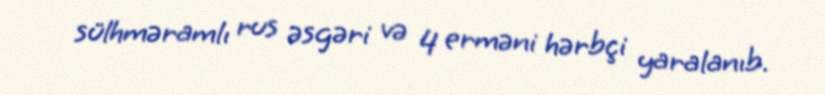
sülhməramlı rus əsgəri və 4 erməni hərbçi yaralanıb.